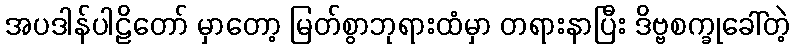
အပဒါန်ပါဠိတော် မှာတော့ မြတ်စွာဘုရားထံမှာ တရားနာပြီး ဒိဗ္ဗစက္ခုခေါ်တဲ့